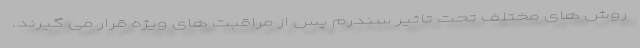
روش های مختلف تحت تاثیر سندرم پس از مراقبت های ویژه قرار می گیرند.